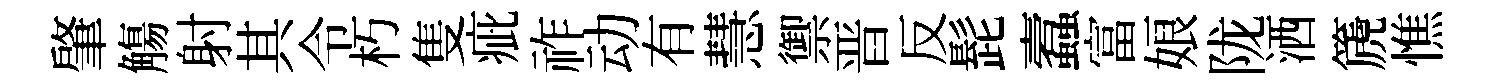
肇觴射其令朽隻疵祚动有慧禦晋反髭蠧富娘陇洒篪憔